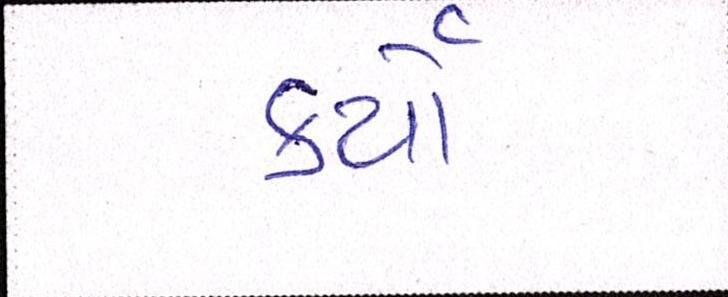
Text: કર્યેા